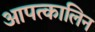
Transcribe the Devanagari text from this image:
आपत्कालिन